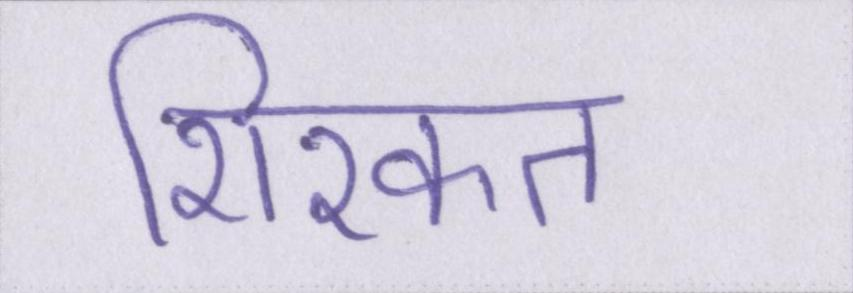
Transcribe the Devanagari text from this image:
शिरकत